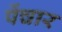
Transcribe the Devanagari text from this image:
पेंचार